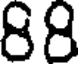
88